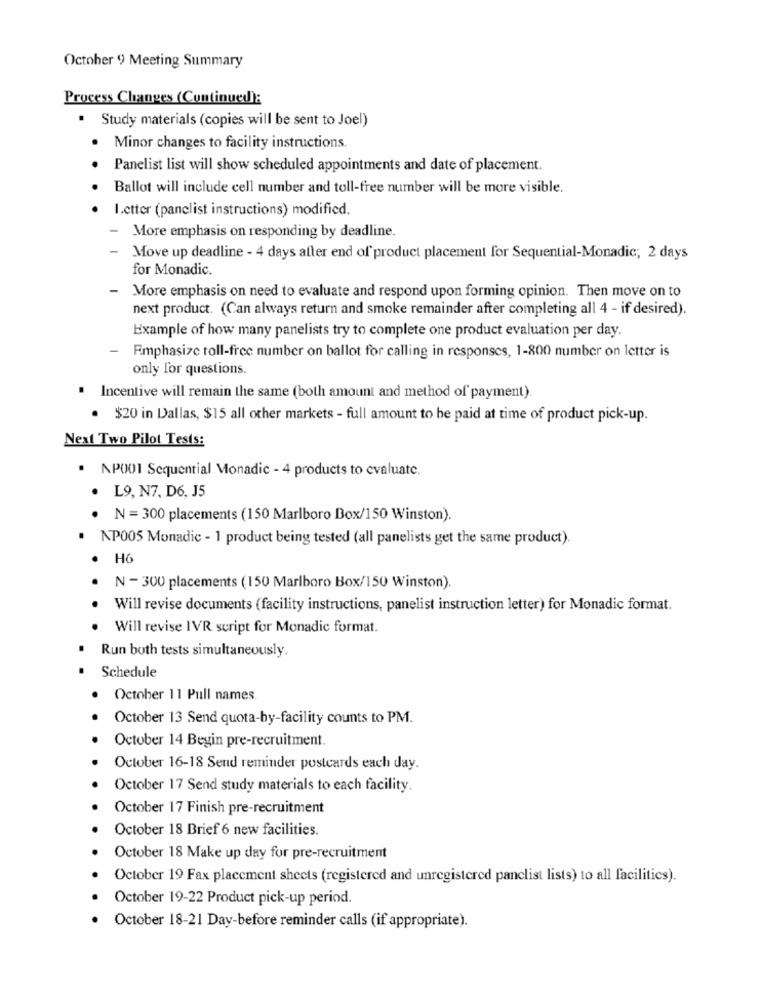
October 9 Meeting Summary
Process Changes (Continued):
· Study materials (copies will be sent to Joel)
. Minor changes to facility instructions
Panelist list will show scheduled appointments and date of placement.
Ballot will include cell number and toll-free number will be more visible.
I.etter (panclist instructions) modified.
- More emphasis on responding by deadline.
- Move up deadline - 4 days aller end of product placement for Sequential-Monadic; 2 days
for Monadic.
- More emphasis on need to evaluate and respond upon forming opinion. Then move on to
next product. (Can always return and smoke remainder after completing all 4 - if desired).
Example of how many panelists try to complete one product evaluation per day.
- Emphasize toll-free number on ballot for calling in responses, 1-800 number on letter is
only for questions.
. Incentive will remain the same (both amount and method of payment)
. $20 in Dallas, $15 all other markets - full amount to be paid at time of product pick-up.
Next Two Pilot Tests:
· AP001 Sequential Monadic - 4 products to evaluate.
· L9, N7, D6, J5
· N = 300 placements (150 Marlboro Box/150 Winston).
NP005 Monadic - 1 product being tested (all panelists get the same product).
· H6
N - 300 placements (150 Marlboro Box/150 Winston).
Will revise documents (facility instructions, panelist instruction letter) for Monadic format.
. Will revise IVR script for Monadic format.
Run both tests simultaneously.
Schedule
October 11 Pull names.
October 13 Send quota-by-facility counts to PM.
October 14 Begin pre-recruitment.
October 16-18 Send reminder postcards each day.
October 17 Send study materials to each facility.
October 17 Finish pre-recruitment
October 18 Brief 6 new facilities.
October 18 Make up day for pre-recruitment
October 19 Fax placement sheets (registered and unregistered panclist lists) to all facilities).
October 19-22 Product pick-up period.
October 18-21 Day-before reminder calls (if appropriate).